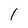
Character: 1